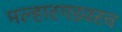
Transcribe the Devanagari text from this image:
मल्हारगडवरच